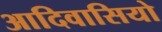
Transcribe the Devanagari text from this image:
आदिवासियो